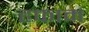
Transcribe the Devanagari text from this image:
हफाम